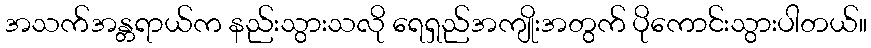
အသက်အန္တရာယ်က နည်းသွားသလို ရေရှည်အကျိုးအတွက် ပိုကောင်းသွားပါတယ်။